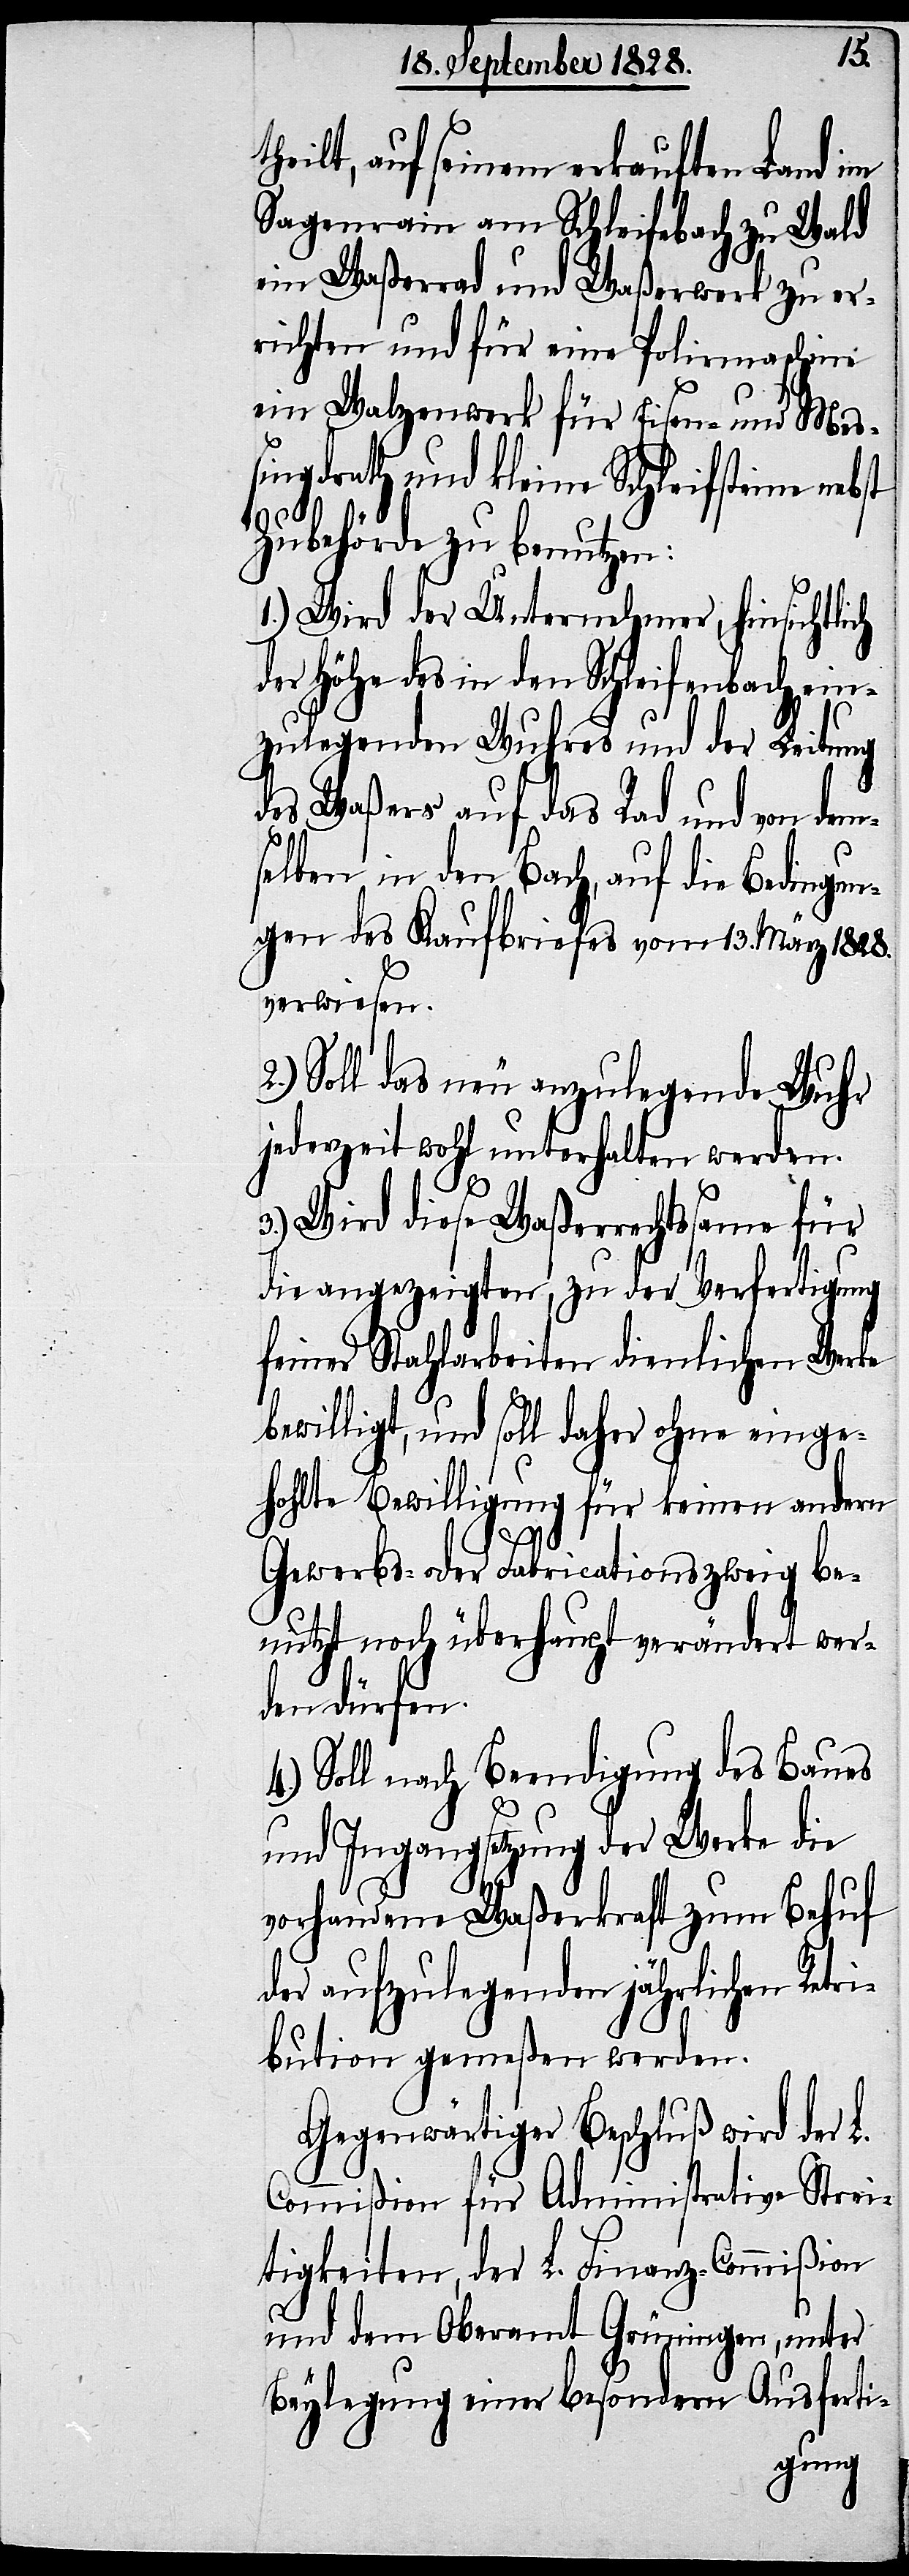
theilt, auf seinem erkauften Land im
Sagenrain am Schleifebach zu Wald
ein Waßerrad und Waßerwerk zu er¬
richten und für eine Polirmaschine
ein Walzenwerk für Eisen- und Meß¬
ingdrath und kleine Schleifsteine
Zubehörde zu benutzen:
1.) Wird der Unternehmer, hinsichtlich
der Höhe des in den Schleifenbach ein¬
zulegenden Wuhres und der Leitung
des Waßers auf das Rad und von dem¬
selben in den Bach, auf die Bedingun¬
g des Kaufbriefes vom 13. März 1828.
verwiesen.
Soll das neu anzulegende Wuhr
jederzeit wohl unterhalten werden.
3.) Wird diese Waßerrechtsame für
die angezeigten, zu der Verfertigung
seiner Stahlarbeiten dienlichen Werke
bewilligt, und soll daher ohne einge¬
hohlte Bewilligung für keinen andern
Gewerbs- oder Fabricationszweig be¬
nutzt noch überhaupt verändert wer¬
den dürfen.
4.) Soll nach Beendigung des Baues
und Ingangsetzung der Werke die
vorhandene Waßerkraft zum Behuf
der aufzulegenden jährlichen Retri¬
bution gemeßen werden.
Gegenwärtiger Beschluß wird der
Commißion für Administrative Strei¬
tigkeiten, der L. Finanz-Commißion
und dem Oberamt Grüningen, unter
Beylegung einer besondern Ausferti-